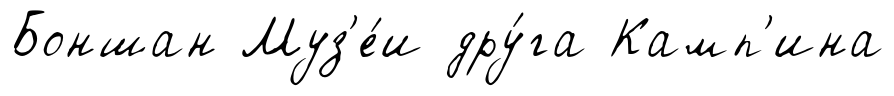
Боншан Муз'е́и дру́га Камп'ина